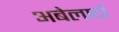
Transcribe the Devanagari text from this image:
अबेलार्दो